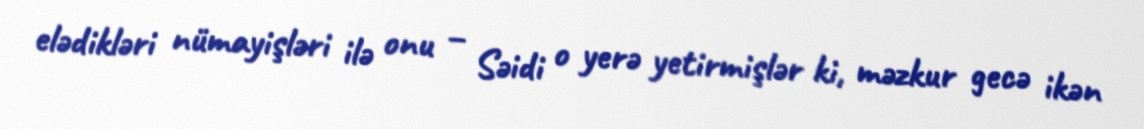
elədikləri nümayişləri ilə onu – Səidi o yerə yetirmişlər ki, məzkur gecə ikən